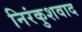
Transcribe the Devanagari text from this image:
निरंकुशवाद